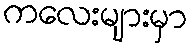
ကလေးများမှာ